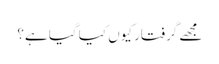
مجھے گرفتار کیوں کیا گیا ہے؟